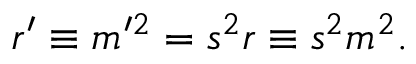
r ^ { \prime } \equiv m ^ { \prime 2 } = s ^ { 2 } r \equiv s ^ { 2 } m ^ { 2 } .